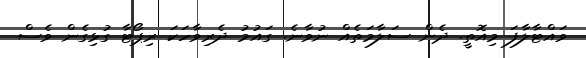
ވައްޓާލާފަ މިއޮތީ. ދެން ސަލާމަތެއް ނުވާނެ. ގައުމު ދެރިވާހަކަ ރިޕޯޓާ ގުޅިގެން ވެސް